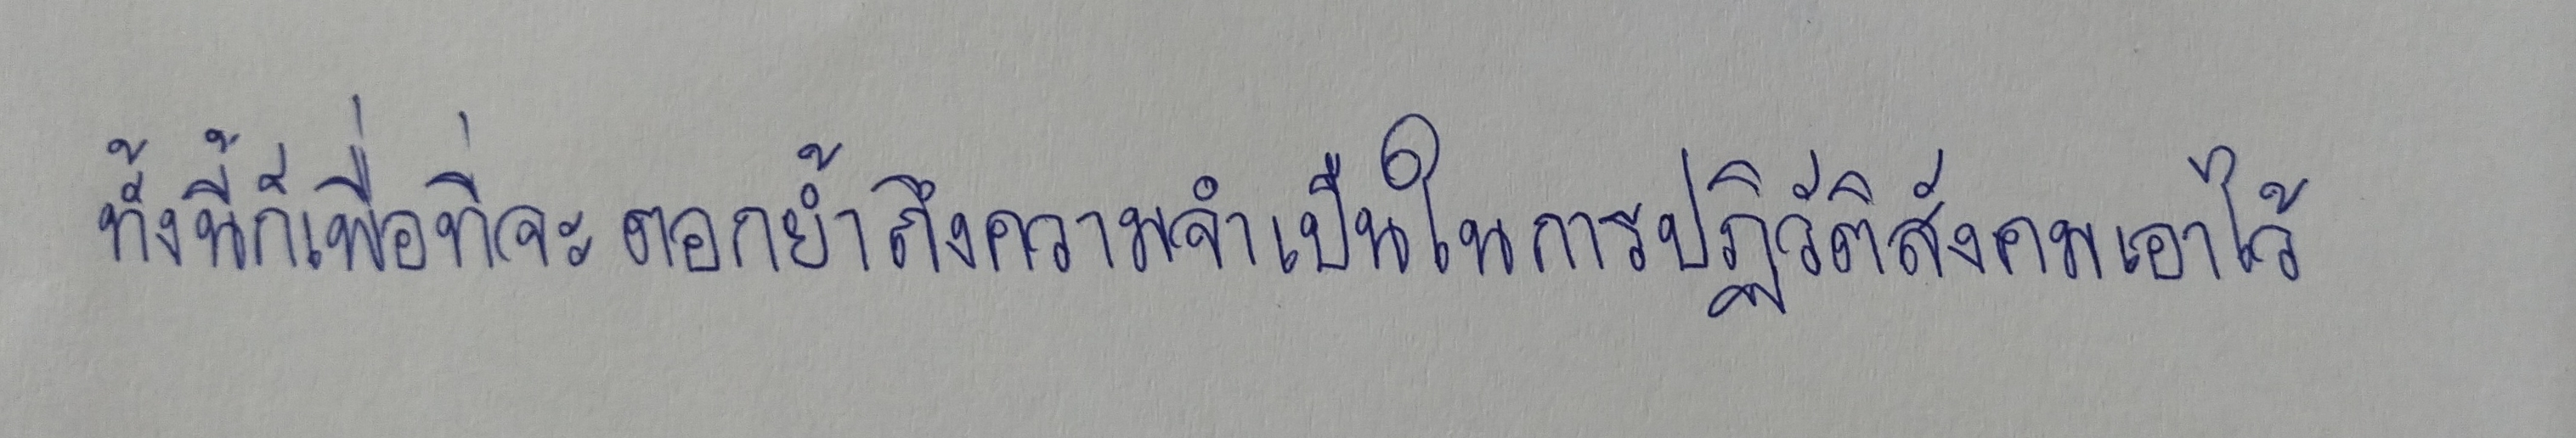
ทั้งนี้ก็เพื่อที่จะตอกย้ำถึงความจำเป็นในการปฏิวัติสังคมเอาไว้